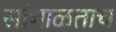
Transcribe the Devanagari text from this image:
सांभाळताच